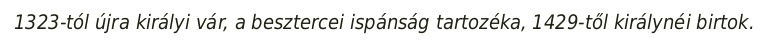
1323-tól újra királyi vár, a besztercei ispánság tartozéka, 1429-től királynéi birtok.